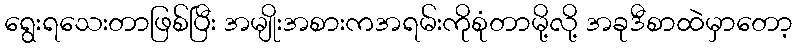
ရွေးရသေးတာဖြစ်ပြီး အမျိုးအစားကအရမ်းကိုစုံတာမို့လို့ အခုဒီစာထဲမှာတော့